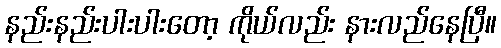
နည်းနည်းပါးပါးတော့ ကိုယ်လည်း နားလည်နေပြီ။